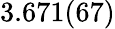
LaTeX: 3.671(67)